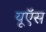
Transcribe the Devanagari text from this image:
यूऍस